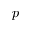
p